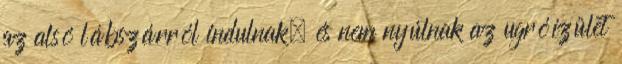
az alsó lábszárról indulnak, és nem nyúlnak az ugróízület